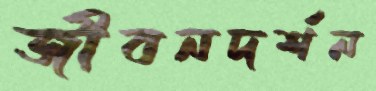
জীবনদর্শন